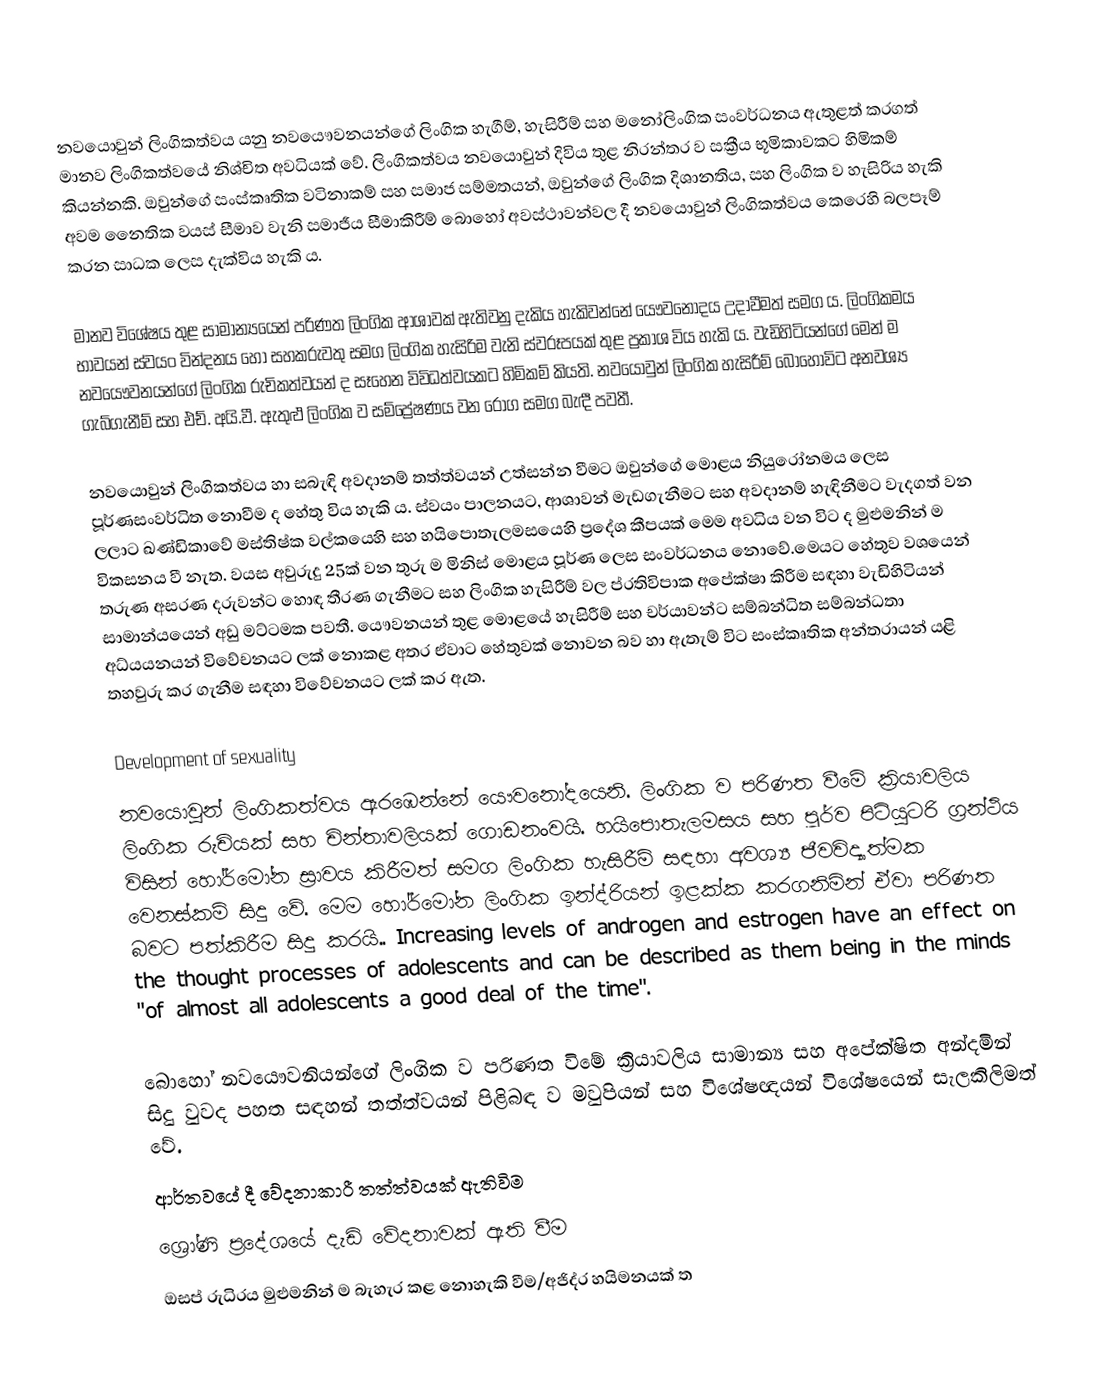
නවයොවුන් ලිංගිකත්වය යනු නවයෞවනයන්ගේ ලිංගික හැගීම්, හැසිරීම් සහ මනෝලිංගික සංවර්ධනය ඇතුළත් කරගත් මානව ලිංගිකත්වයේ නිශ්චිත අවධියක් වේ. ලිංගිකත්වය නවයොවුන් දිවිය තුළ නිරන්තර ව සක්‍රීය භූමිකාවකට හිමිකම් කියන්නකි. ඔවුන්ගේ සංස්කෘතික වටිනාකම් සහ සමාජ සම්මතයන්, ඔවුන්ගේ ලිංගික දිශානතිය, සහ ලිංගික ව හැසිරිය හැකි අවම නෛතික වයස් සීමාව වැනි සමාජීය සීමාකිරීම් බොහෝ අවස්ථාවන්වල දී නවයොවුන් ලිංගිකත්වය කෙරෙහි බලපෑම් කරන සාධක ලෙස දැක්විය හැකි ය.

මානව විශේෂය තුළ සාමාන්‍යයෙන් පරිණත ලිංගික ආශාවක් ඇතිවනු දැකිය හැකිවන්නේ යෞවනෝදය උදාවීමත් සමග ය. ලිංගිකමය භාවයන් ස්වයං වින්දනය හෝ සහකරුවතු සමග ලිංගික හැසිරිම වැනි ස්වරූපයක් තුළ ප්‍රකාශ විය හැකි ය. වැඩිහිටියන්ගේ මෙන් ම නවයෞවනයන්ගේ ලිංගික රුචිකත්වයන් ද සෑහෙන විවිධත්වයකට හිමිකම් කියති. නවයොවුන් ලිංගික හැසිරීම් බොහෝවිට අනවශ්‍ය ගැබ්ගැනීම් සහ එච්. අයි.වී. ඇතුළු ලිංගික ව සම්ප්‍රේෂණය වන රෝග සමග බැඳී පවතී. 

නවයොවුන් ලිංගිකත්වය හා සබැඳි අවදානම් තත්ත්වයන් උත්සන්න වීමට ඔවුන්ගේ මොළය නියුරෝනමය ලෙස පූර්ණසංවර්ධිත නොවීම ද හේතු විය හැකි ය. ස්වයං පාලනයට, ආශාවන් මැඩගැනීමට සහ අවදානම් හැඳිනීමට වැදගත් වන ලලාට ඛණ්ඩිකාවේ මස්තිෂ්ක වල්කයෙහි සහ හයිපොතැලමසයෙහි ප්‍රදේශ කීපයක් මෙම අවධිය වන විට ද මුළුමනින් ම විකසනය වී නැත. වයස අවුරුදු 25ක් වන තුරු ම මිනිස් මොළය පූර්ණ ලෙස සංවර්ධනය නොවේ.මෙයට හේතුව වශයෙන් තරුණ අසරණ දරුවන්ට හොඳ තීරණ ගැනීමට සහ ලිංගික හැසිරීම් වල ප්රතිවිපාක අපේක්ෂා කිරීම සඳහා වැඩිහිටියන් සාමාන්යයෙන් අඩු මට්ටමක පවතී. යෞවනයන් තුළ මොළයේ හැසිරීම් සහ චර්යාවන්ට සම්බන්ධිත සම්බන්ධතා අධ්යයනයන් විවේචනයට ලක් නොකළ අතර ඒවාට හේතුවක් නොවන බව හා ඇතැම් විට සංස්කෘතික අන්තරායන් යළි තහවුරු කර ගැනීම සඳහා විවේචනයට ලක් කර ඇත.

Development of sexuality
නවයොවුන් ලිංගිකත්වය ඇරඹෙන්නේ යෞවනෝදයෙනි. ලිංගික ව පරිණත වීමේ ක්‍රියාවලිය ලිංගික රුචියක් සහ චින්තාවලියක් ගොඩනංවයි. හයිපොතැලමසය සහ පූර්ව පිටියුටරි ග්‍රන්ථිය විසින් හෝර්මෝන ස්‍රාවය කිරීමත් සමග ලිංගික හැසිරීම් සඳහා අවශ්‍ය ජීවවිද්‍යාත්මක වෙනස්කම් සිදු වේ. මෙම හෝර්මෝන ලිංගික ඉන්ද්රියන් ඉළක්ක කරගනිමින් ඒවා පරිණත බවට පත්කිරීම සිදු කරයි.. Increasing levels of androgen and estrogen have an effect on the thought processes of adolescents and can be described as them being in the minds "of almost all adolescents a good deal of the time".

බොහෝ නවයෞවනියන්ගේ ලිංගික ව පරිණත විමේ ක්‍රියාවලිය සාමාන්‍ය සහ අපේක්ෂිත අන්දමින් සිදු වුවද  පහත සඳහන්  තත්ත්වයන් පිළිබඳ ව මවුපියන් සහ විශේෂඥයන් විශේෂයෙන් සැලකිලිමත් වේ.
 ආර්තවයේ දී වේදනාකාරී තත්ත්වයක් ඇතිවිම
 ශ්‍රෝණි ප්‍රදේශයේ දැඩි වේදනාවක් ඇති වීම
 ඔසප් රුධිරය මුළුමනින් ම බැහැර කළ නොහැකි වීම/අජිද්ර හයිමනයක් ත